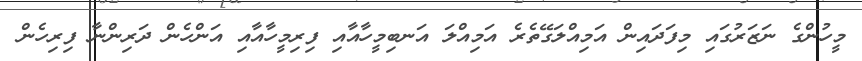
މީހުންގެ ނަޒަރުގައި މިފަދައިން އަމިއްލަގޭތެރެ އަމިއްލަ އަނބިމީހާއާއި ފިރިމީހާއާއި އަންހެން ދަރިންނާ ފިރިހެން